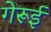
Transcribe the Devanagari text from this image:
गेरूई